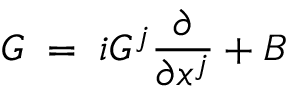
G \; = \; i G ^ { j } \frac { \partial } { \partial x ^ { j } } + B